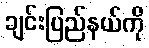
ချင်းပြည်နယ်ကို